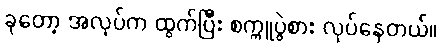
ခုတော့ အလုပ်က ထွက်ပြီး စက္ကူပွဲစား လုပ်နေတယ်။